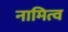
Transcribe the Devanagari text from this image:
नामित्व